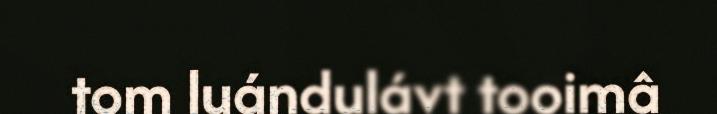
tom luándulávt tooimâ